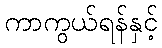
ကာကွယ်ရန်နှင့်